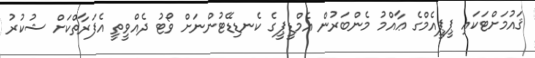
ޤައުމަށްޓަކައި ޕީޕީއެމްގެ ޢާއްމު މެންބަރުން އެމްޑީޕީގެ ކެނޑިޑޭޓުންނަށް ވޯޓު ދެއްވީތީ އެފަރާތްކަށް ޝުކުރު